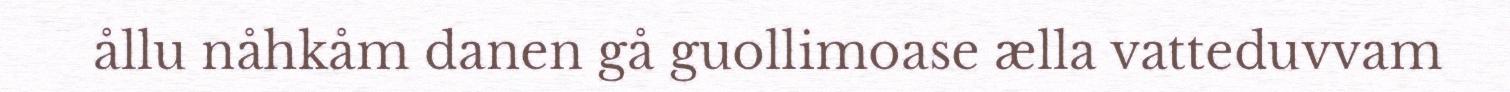
ållu nåhkåm danen gå guollimoase ælla vatteduvvam